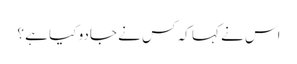
اس نے کہا کہ کس نے جادو کیا ہے ؟